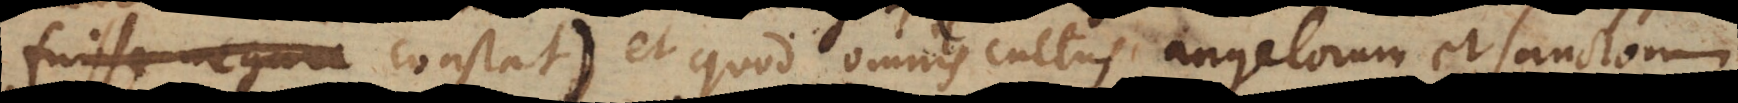
sse constat), et quod omnis cultus angelorum et Sanctorum